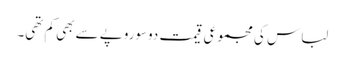
لباس کی مجموعی قیمت دوسوروپے سے بھی کم تھی۔